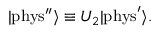
| \mathrm { { p h y s ^ { \prime \prime } } } \rangle \equiv U _ { 2 } | { \mathrm { p h y s } } ^ { \prime } \rangle .